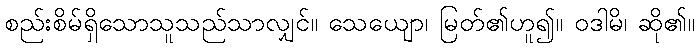
စည်းစိမ်ရှိသောသူသည်သာလျှင်။ သေယျော၊ မြတ်၏ဟူ၍။ ဝဒါမိ၊ ဆို၏။